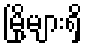
မြို့များရှိ